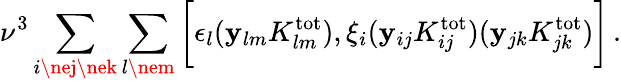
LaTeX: \nu^{3}\sum_{i\nej\nek}\sum_{l\nem}\bigg[\epsilon_{l}(\mathbf{y}_{lm}K_{lm}^{\mathrm{{tot}}}),\xi_{i}(\mathbf{y}_{ij}K_{ij}^{\mathrm{{tot}}})(\mathbf{y}_{jk}K_{jk}^{\mathrm{{tot}}})\bigg]\, .